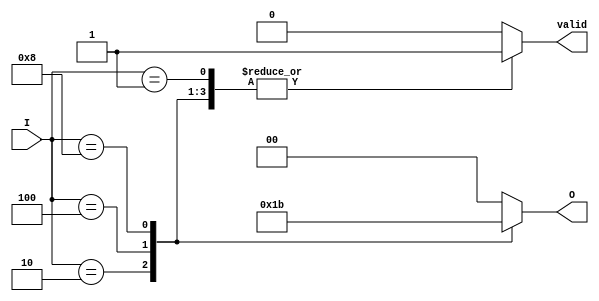
module one_of_n_encoder #(
    parameter N = 4  // Number of inputs, change as needed
)(
    input  wire [N-1:0] I,    // N input lines
    output reg  [M-1:0] O,     // M output lines
    output reg  valid           // Indicates if the input is valid
);
    
    localparam M = $clog2(N);   // Calculate number of output lines

    always @* begin
        // Default outputs
        O = {M{1'b0}}; // Initialize output to all zeros
        valid = 1'b0;  // Default valid to false

        // Check for active inputs
        case (I)
            4'b0001: begin O = 2'b00; valid = 1'b1; end // I0 active
            4'b0010: begin O = 2'b01; valid = 1'b1; end // I1 active
            4'b0100: begin O = 2'b10; valid = 1'b1; end // I2 active
            4'b1000: begin O = 2'b11; valid = 1'b1; end // I3 active
            // Add more cases if N > 4
            default: begin
                O = {M{1'b0}}; // No valid input
                valid = 1'b0;  // Invalid state
            end
        endcase
    end
endmodule